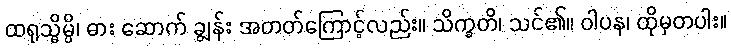
ထရုသ္မိမ္ပိ၊ ဓား ဆောက် ချွန်း အတတ်ကြောင့်လည်း။ သိက္ခတိ၊ သင်၏။ ဝါပန၊ ထိုမှတပါး။